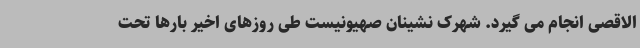
الاقصی انجام می گیرد. شهرک نشینان صهیونیست طی روزهای اخیر بارها تحت